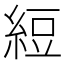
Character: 𬗖